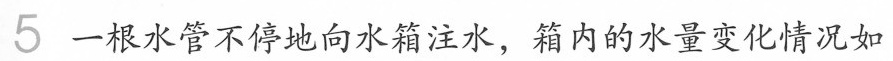
5 一根水管不停地向水箱注手，箱内的水量变化情况如